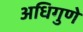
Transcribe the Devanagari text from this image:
अधिगुणे